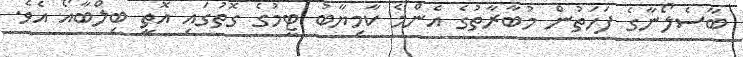
ބާސެލޯނާގެ ފަހަތުން މުބާރާތުގެ އެންމެ ކާމިޔާބު ޓީމުގެ ގޮތުގައި އޮތީ ބިލްބާއޯ އެވެ.